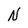
Character: N